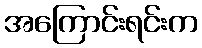
အကြောင်းရင်းက